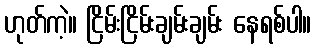
ဟုတ်ကဲ့။ ငြိမ်းငြိမ်းချမ်းချမ်း နေရစ်ပါ။